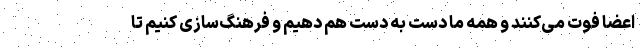
اعضا فوت می‌کنند و همه ما دست به دست هم دهیم و فرهنگ‌سازی کنیم تا